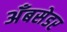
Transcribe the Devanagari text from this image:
अँबसेडर